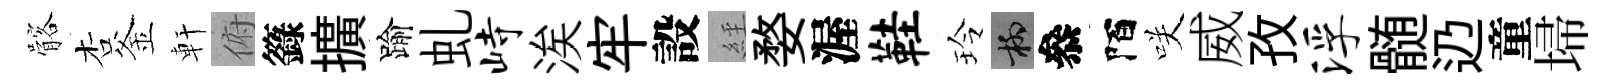
髂杏釜軒俯籙擴踰虬峙涘牢設𦀇婺渥鞋玲柳叅陌咲威孜浮髄辸童埽